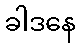
ခါဒနေ